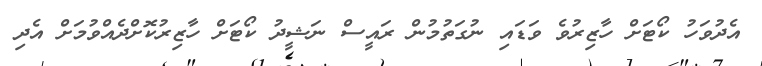
އެދުވަހު ކޯޓަށް ހާޒިރުވެ ވަޑައި ނުގަތުމުން ރައީސް ނަޝީދު ކޯޓަށް ހާޒިރުކޮށްދެއްވުމަށް އެދި